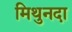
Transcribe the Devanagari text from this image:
मिथुनदा